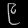
Digit: ၉